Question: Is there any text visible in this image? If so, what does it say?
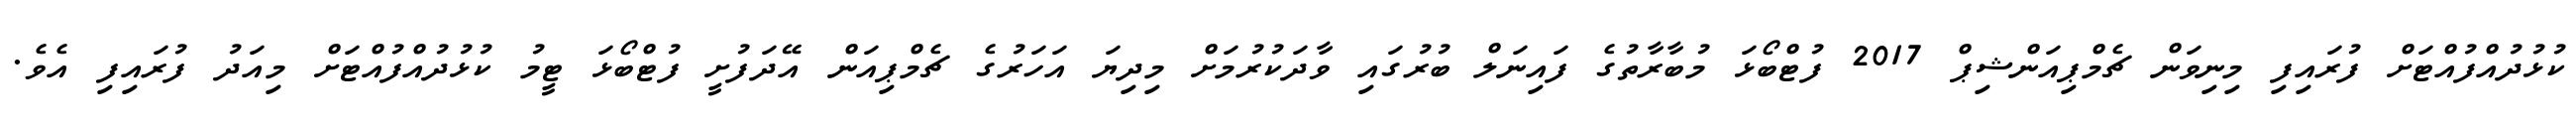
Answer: ކުޅުދުއްފުއްޓަށް ފުރައިފި މިނިވަން ޗެމްޕިއަންޝިޕް 2017 ފުޓްބޯޅަ މުބާރާތުގެ ފައިނަލް ބުރުގައި ވާދަކުރުމަށް މިދިޔަ އަހަރުގެ ޗެމްޕިއަން އޭދަފުށީ ފުޓްބޯޅަ ޓީމު ކުޅުދުއްފުއްޓަށް މިއަދު ފުރައިފި އެވެ.